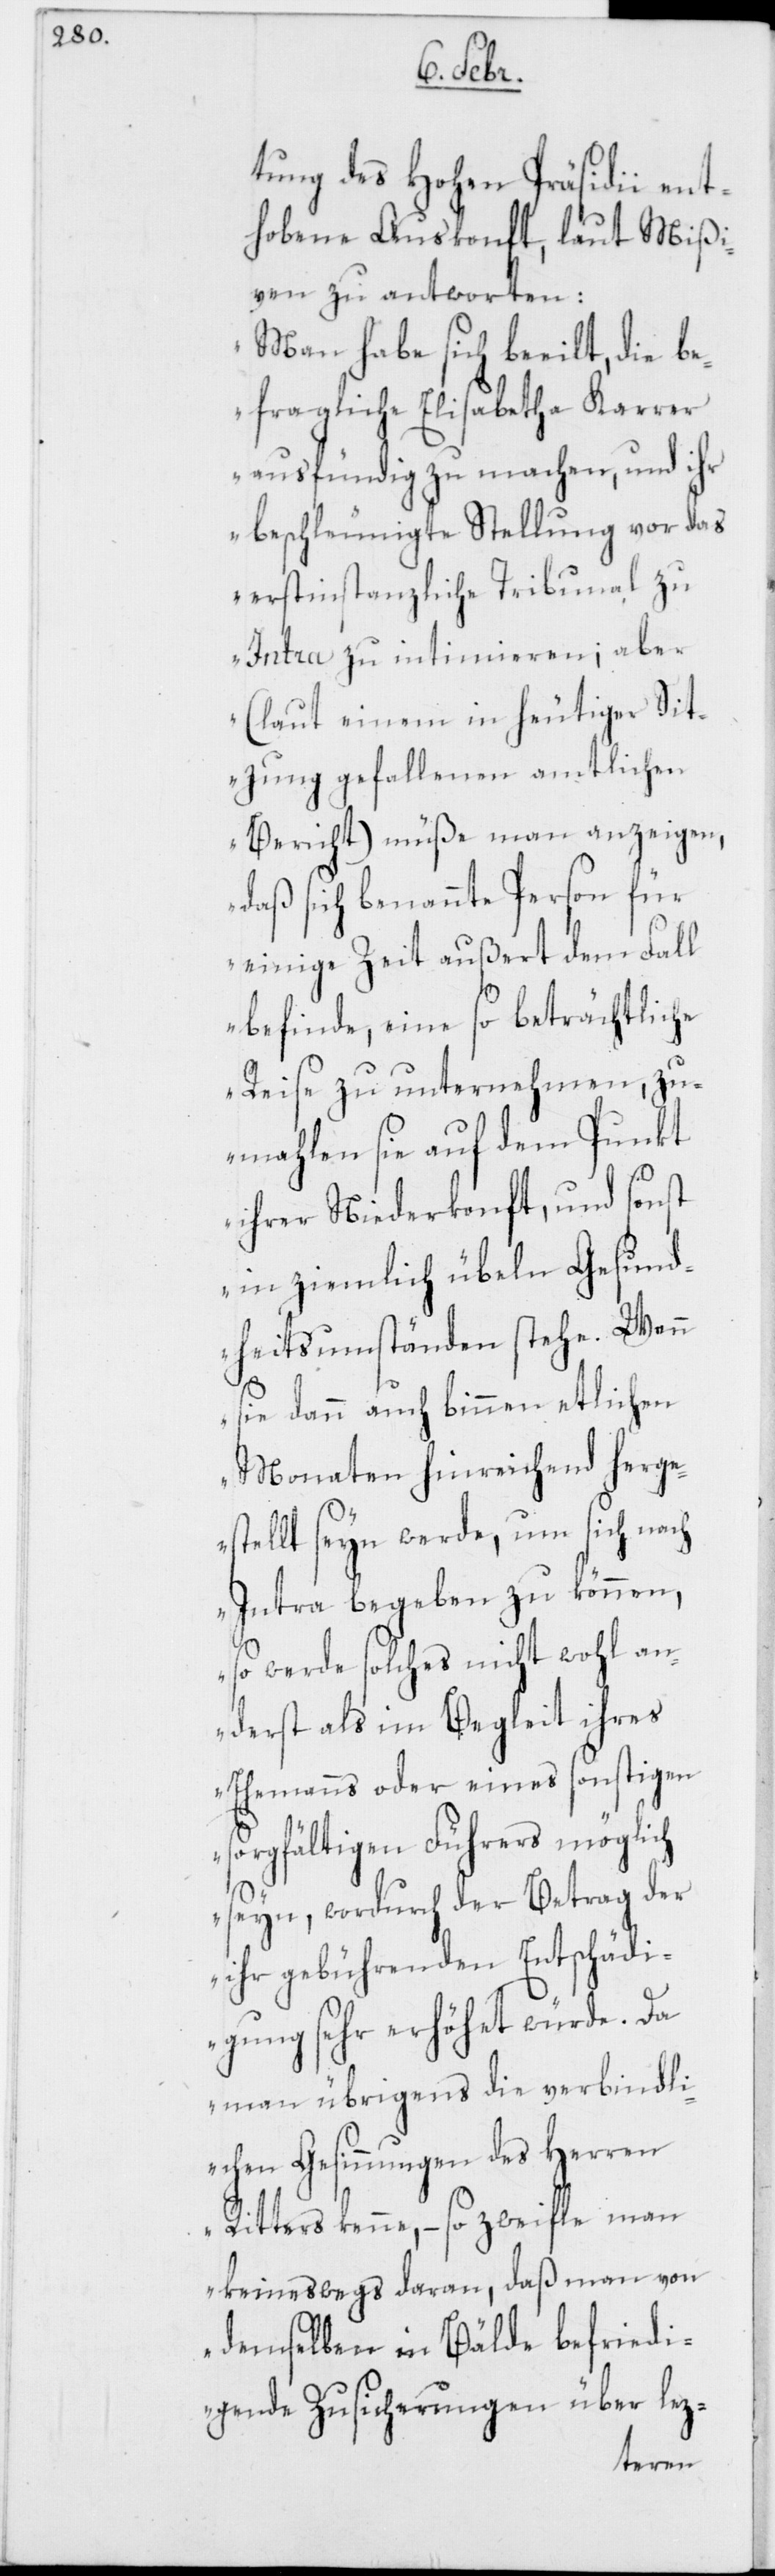
tung des Hohen Präsidii ent¬
hobene Auskonft, laut Mißi¬
ven zu antworten:
„Man habe sich beeilt, die be¬
fragliche Elisabetha Karrer
ausfündig zu machen, und ihr
beschleunigte Stellung vor das
erstinstanzliche Tribunal zu
Intra zu intimieren; aber
(laut einem in heutiger Sit¬
zung gefallenen amtlichen
Bericht) müße man anzeigen,
daß sich benannte Person für
einige Zeit außert dem Fall
befinde, eine so beträchtliche
Reise zu unternehmen, zu¬
mahlen sie auf dem Punkt
ihrer Niederkonft, und sonst
in ziemlich übeln Gesund¬
heitsumständen stehe. Wenn
sie dann auch binnen etlichen
Monaten hinreichend herge¬
stellt seyn werde, um sich nach
Intra begeben zu können,
so werde solches nicht wohl an¬
derst als in Begleit ihres
Ehemanns oder eines sonstigen
sorgfältigen Führers möglich
seyn, wordurch der Betrag der
ihr gebührenden Entschädi¬
gung sehr erhöhet würde. Da
man übrigens die verbindli¬
chen Gesinnungen des Herren
Ritters kenne, – so zweifle man
keineswegs daran, daß man von
demselben in Bälde befriedi¬
gende Zusicherungen über lez-